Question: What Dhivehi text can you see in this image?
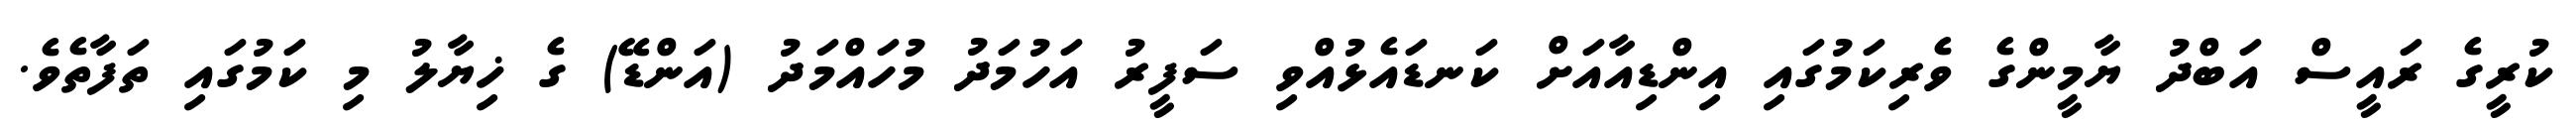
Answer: ކުރީގެ ރައީސް އަބްދު ޔާމީންގެ ވެރިކަމުގައި އިންޑިއާއަށް ކަނޑައެޅުއްވި ސަފީރު އަހުމަދު މުހައްމަދު (އަންޑޭ) ގެ ޚިޔާލު މި ކަމުގައި ތަފާތެވެ.